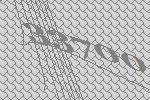
33700